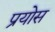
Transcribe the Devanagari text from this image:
प्रयोस